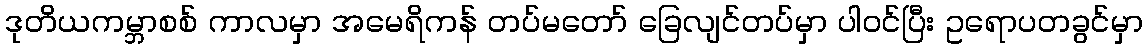
ဒုတိယကမ္ဘာစစ် ကာလမှာ အမေရိကန် တပ်မတော် ခြေလျင်တပ်မှာ ပါဝင်ပြီး ဥရောပတခွင်မှာ